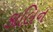
કાલિન